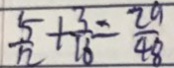
\frac { 5 } { 1 2 } + \frac { 3 } { 1 6 } = \frac { 2 9 } { 4 8 }